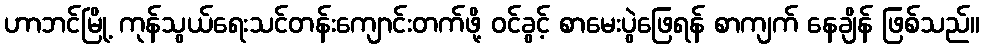
ဟာဘင်မြို့ ကုန်သွယ်ရေးသင်တန်းကျောင်းတက်ဖို့ ဝင်ခွင့် စာမေးပွဲဖြေရန် စာကျက် နေချိန် ဖြစ်သည်။